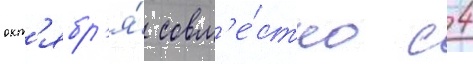
окт'ябр'я́ совм'е́стно с 4